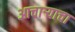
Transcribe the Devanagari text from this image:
आचाऱ्याचा